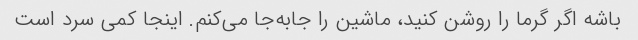
باشه اگر گرما را روشن کنید، ماشین را جابه‌جا می‌کنم. اینجا کمی سرد است